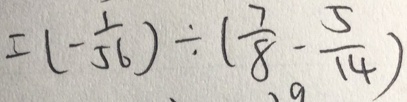
= ( - \frac { 1 } { 5 6 } ) \div ( \frac { 7 } { 8 } - \frac { 5 } { 1 4 } )